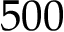
5 0 0